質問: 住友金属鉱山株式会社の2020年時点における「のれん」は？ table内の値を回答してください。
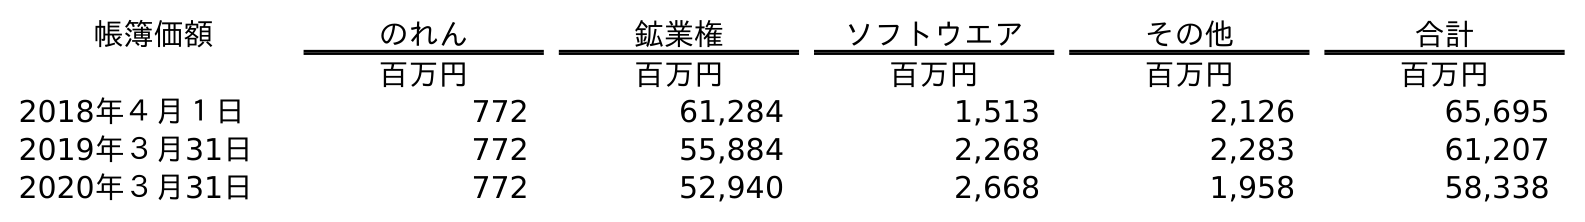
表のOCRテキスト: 帳簿価額 のれん 鉱業権 ソフトウエア その他 合計 百万円 百万円 百万円 百万円 百万円 2018年４月１日 772 61,284 1,513 2,126 65,695 2019年３月31日 772 55,884 2,268 2,283 61,207 2020年３月31日 772 52,940 2,668 1,958 58,338
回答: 772